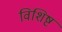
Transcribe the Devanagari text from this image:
विशिष्ट